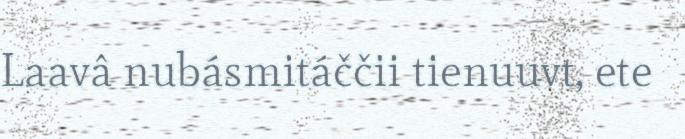
Laavâ nubásmitáččii tienuuvt, ete